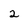
Character: 2